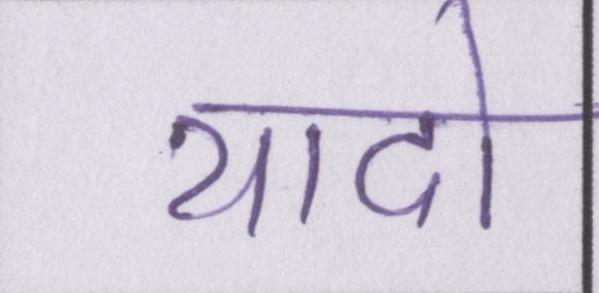
यादो